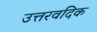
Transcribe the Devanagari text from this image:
उत्तरवदिक